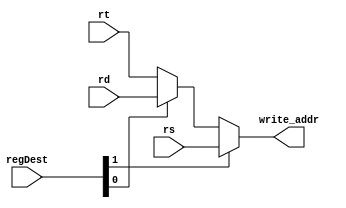
module Reg_Dest_Mux(rs,rt,rd,write_addr,regDest
    );


	input [1:0] regDest;
	input [2:0] rs,rt,rd;
	output reg [2:0] write_addr;
	
	always@(*) begin
		if(regDest[1] == 'd1) begin
			write_addr = rs;
		end
		else begin
			if(regDest[0] == 'd1)
				write_addr = rd;
			else
				write_addr = rt;
		end
	end
			
endmodule